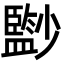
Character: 𡮼